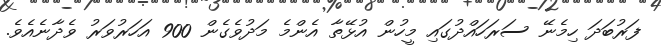
ފަރުބަދަ ހިމެނޭ ސަރަހައްދުގައި މީހުން އުޅޭތާ އެންމެ މަދުވެގެން 900 އަހަރުވަރު ވެދާނެއެވެ.